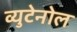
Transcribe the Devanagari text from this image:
व्युटेनोल